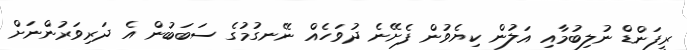
ރީފަންޑް ނުލިބުމާއި އަލުން ކިޔެވުން ފެށޭނެ ދުވަހެއް ނޭނގުމުގެ ސަބަބުން އެ ދަރިވަރުންނަށް